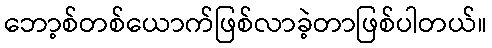
ဘော့စ်တစ်ယောက်ဖြစ်လာခဲ့တာဖြစ်ပါတယ်။